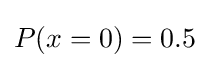
P(x=0)=0{.}5